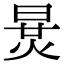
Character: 𣇪